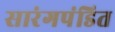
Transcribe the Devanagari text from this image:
सारंगपंडित